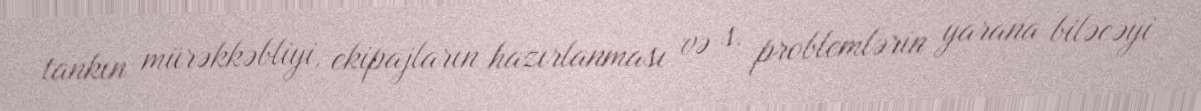
tankın mürəkkəbliyi, ekipajların hazırlanması və s. problemlərin yarana biləcəyi